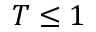
T \leq 1